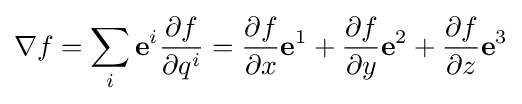
\nabla f=\sum _{i}\mathbf {e} ^{i}{\frac {\partial f}{\partial q^{i}}}={\frac {\partial f}{\partial x}}\mathbf {e} ^{1}+{\frac {\partial f}{\partial y}}\mathbf {e} ^{2}+{\frac {\partial f}{\partial z}}\mathbf {e} ^{3}